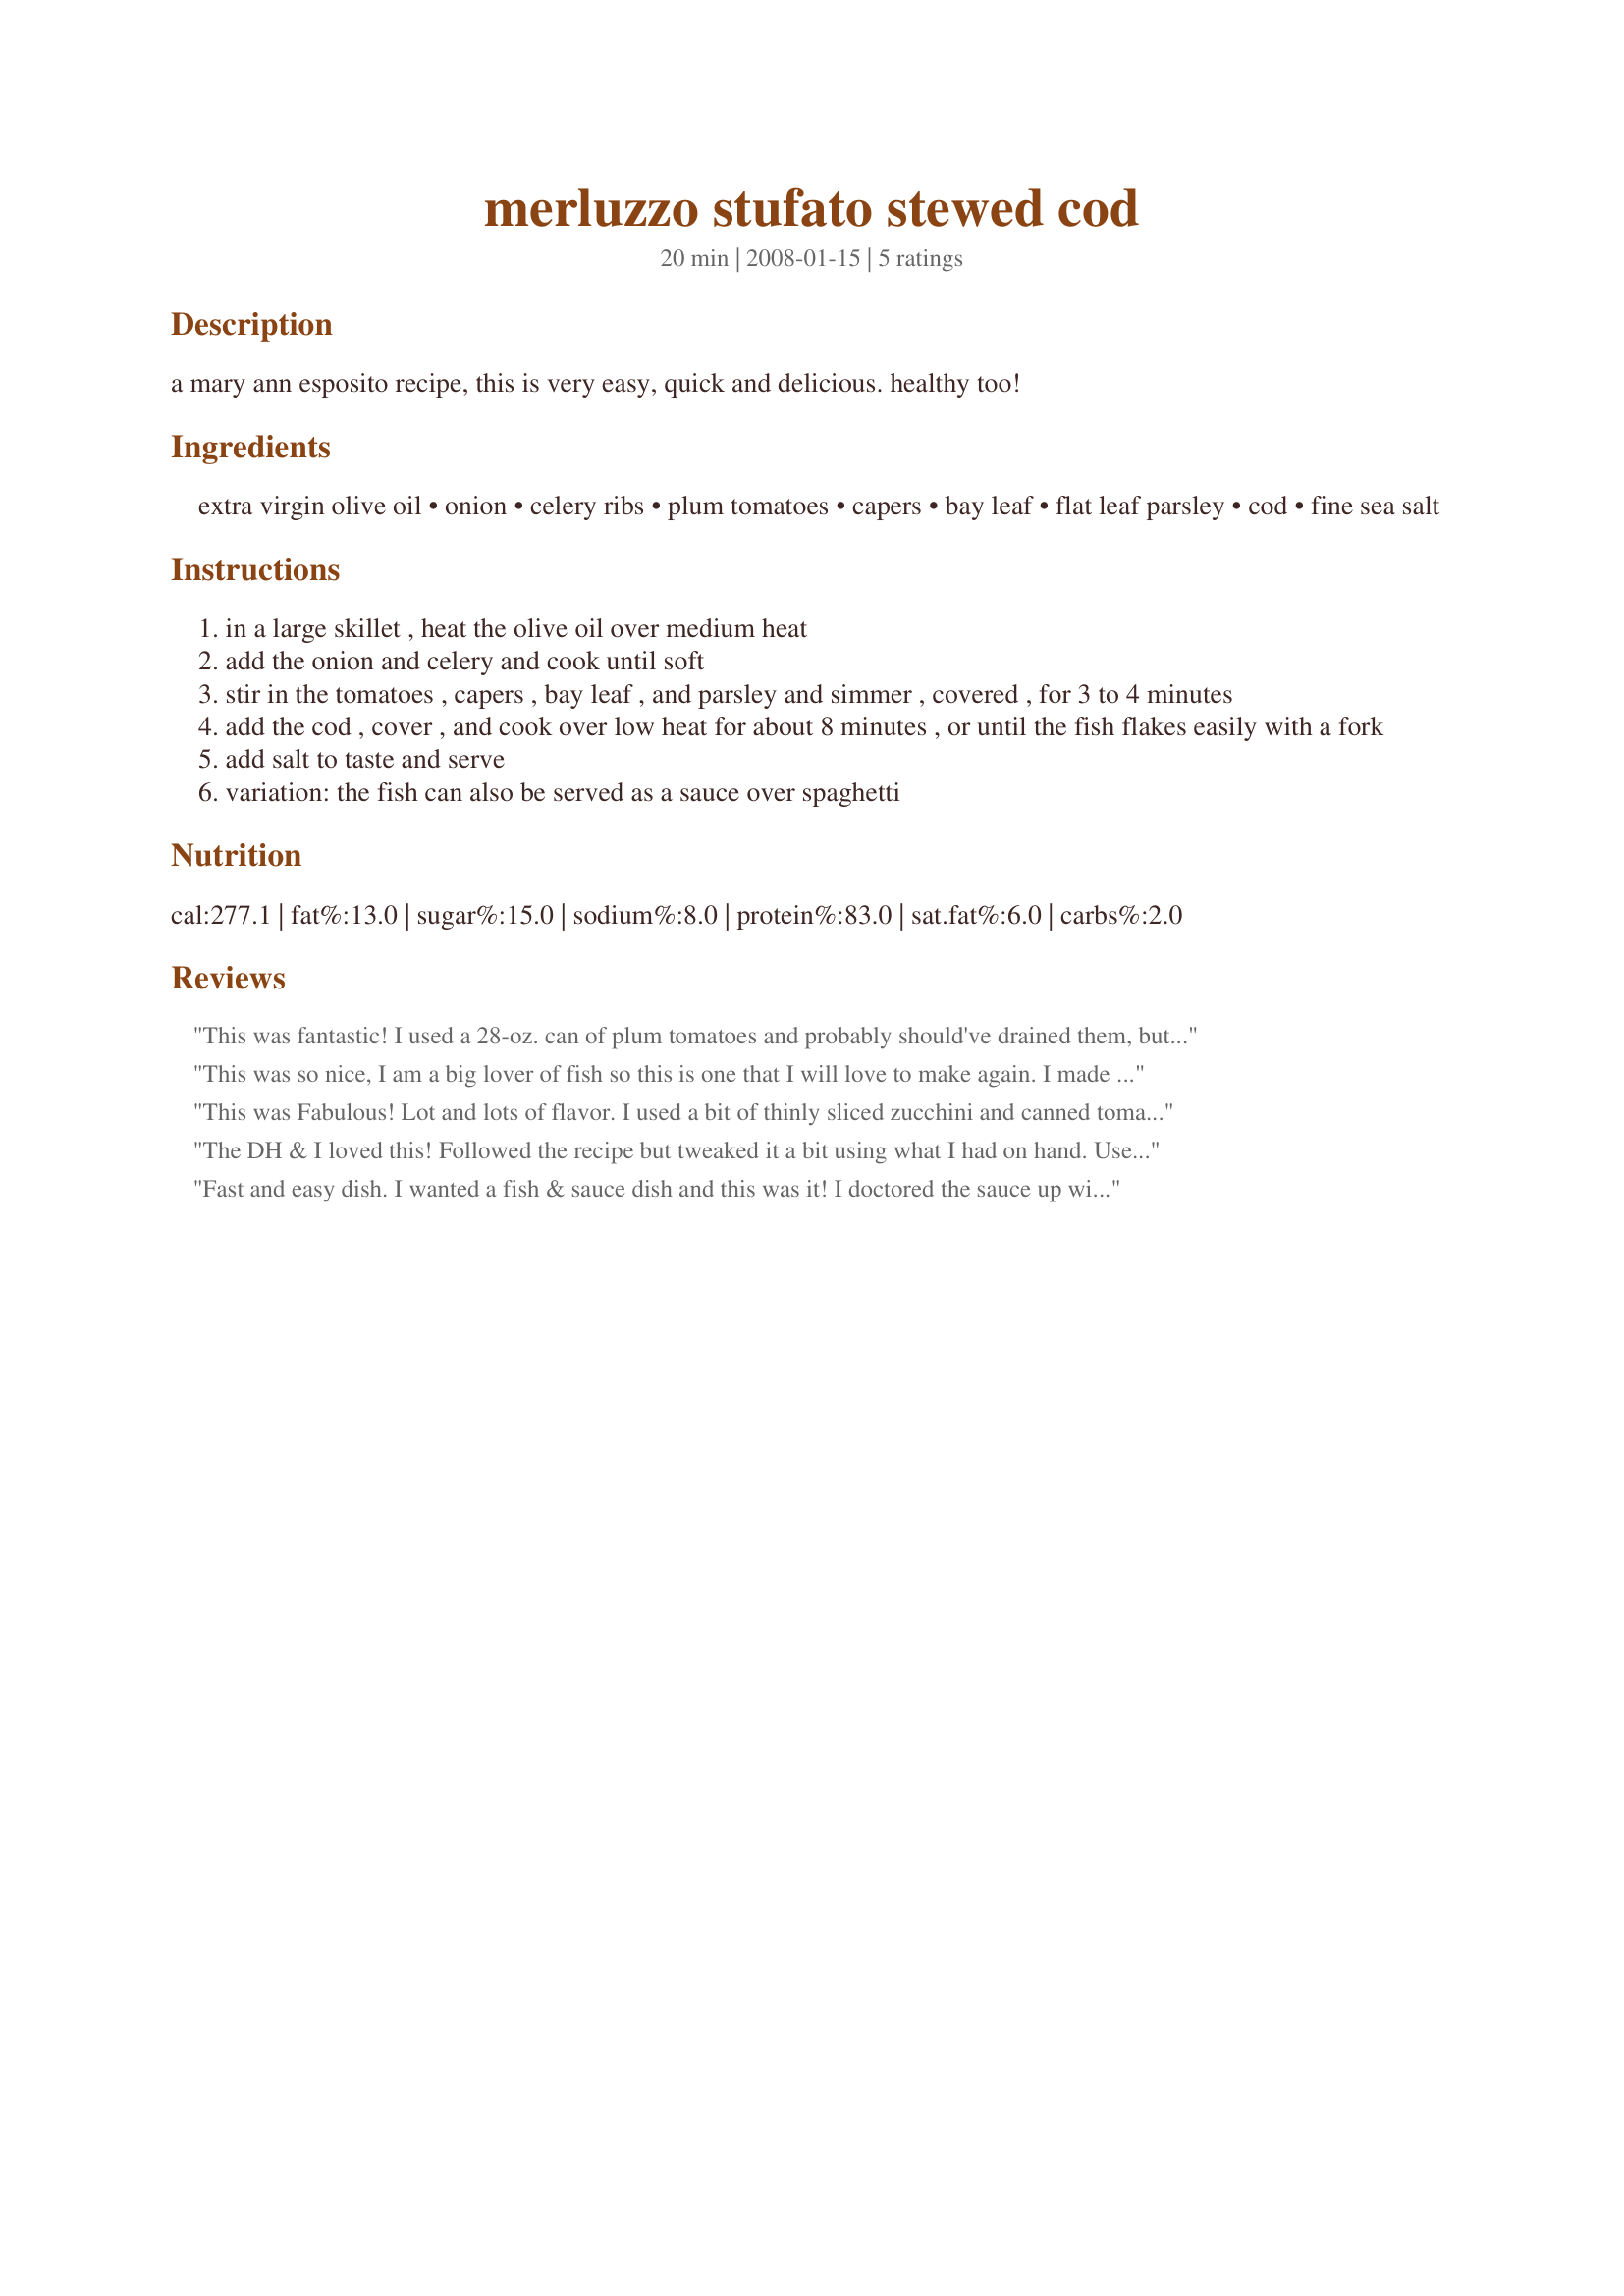
merluzzo stufato stewed cod
Preparation time: 20 minutes

a mary ann esposito recipe, this is very easy, quick and delicious. healthy too!

Ingredients:
extra virgin olive oil, onion, celery ribs, plum tomatoes, capers, bay leaf, flat leaf parsley, cod, fine sea salt

Steps:
in a large skillet , heat the olive oil over medium heat
add the onion and celery and cook until soft
stir in the tomatoes , capers , bay leaf , and parsley and simmer , covered , for 3 to 4 minutes
add the cod , cover , and cook over low heat for about 8 minutes , or until the fish flakes easily with a fork
add salt to taste and serve
variation: the fish can also be served as a sauce over spaghetti

Reviews:
This was fantastic! I used a 28-oz. can of plum tomatoes and probably should've drained them, but it still came out delicious. Fresh tomatoes would've been better, of course, but canned works just fine, I think. The sea salt is a great touch to finish the dish. I served it over spinach tagliatelle, and I absolutely loved it.
This was so nice, I am a big lover of fish so this is one that I will love to make again. I made it to the recipe I just cut it by half, my tomatoes were tinned, but I didn't think it took anything away from the recipe. What ever you do don't leave out the capers as they do give it a nice zing and it just wouldn't be the same without them. It's very low in carbs and the sugar content is also low so it's right up my street, and so easy and quick to make. Thank you for posting. Made for on tour the diabetic forum June 2011.
This was Fabulous! Lot and lots of flavor. I used a bit of thinly sliced zucchini and canned tomatoes (28 ounces) with roasted garlic. I like my capers whole so I didn`t chopped them, I did rinse then to remove some of the brine. Before adding the fish I seasoned it with recipe #265321. The sauce was a great! I served with fresh home made rye bread courtesy of my DS. Thanks for the healthy goodness.
The DH & I loved this! Followed the recipe but tweaked it a bit using what I had on hand. Used a can of fire roasted tomatoes and to up the veggie factor I threw in half of a red bell pepper and a few baby carrots, both finely diced. We love spice so I seasoned with red pepper flakes, lots of freshly ground black pepper, grey sea salt and some dried mediterranean oregano. Serve this yummy stew over couscous cooked in stock tossed with fresh parmesan, baby peas & green onions. Thank you for posting this wonderful recipe!
Fast and easy dish. I wanted a fish & sauce dish and this was it!
I doctored the sauce up with some chicken stock and crushed red pepper to add some heat.
I served with linguine which was delish.

Thanks for posting.
